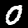
Digit: 0